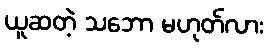
ယူဆတဲ့ သဘော မဟုတ်လား